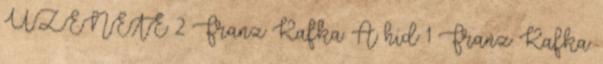
ÜZENETE 2 Franz Kafka: A híd 1 Franz Kafka: